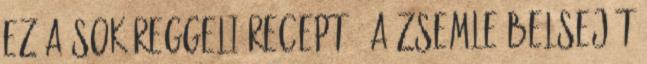
ez a sok reggeli recept : A zsemle belsejét